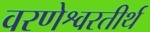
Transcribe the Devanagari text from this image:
वरणेश्वरतीर्थ